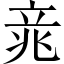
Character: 𱷥